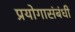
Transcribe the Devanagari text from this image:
प्रयोगासंबंधी